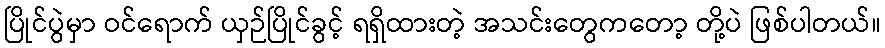
ပြိုင်ပွဲမှာ ဝင်ရောက် ယှဉ်ပြိုင်ခွင့် ရရှိထားတဲ့ အသင်းတွေကတော့ တို့ပဲ ဖြစ်ပါတယ်။